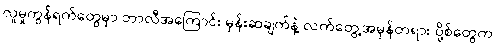
လူမှုကွန်ရက်တွေမှာ ဘာလီအကြောင်း မှန်းဆချက်နဲ့ လက်တွေ့အမှန်တရား ပို့စ်တွေက